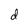
Character: d